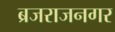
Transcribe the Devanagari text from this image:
ब्रजराजनगर